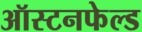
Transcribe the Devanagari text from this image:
ऑस्टनफेल्ड